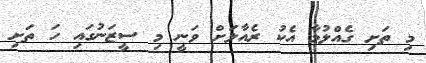
މި ތަށި ގެއްލުމާ އެކު ރެއާލަށް ވަނީ މި ސީޒަނުގައި ހަ ތަށި